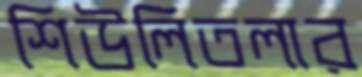
শিউলিতলার